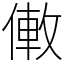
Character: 僌